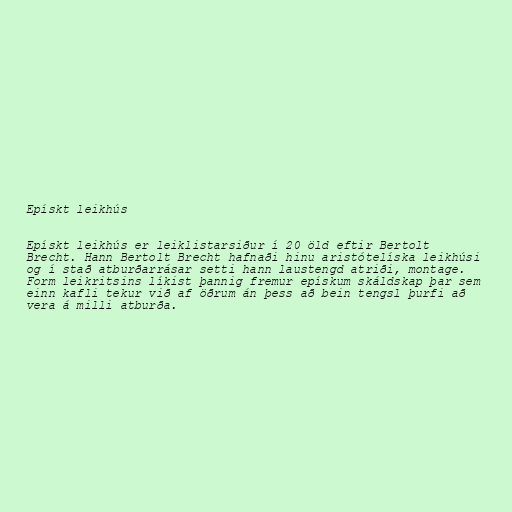
Epískt leikhús

Epískt leikhús er leiklistarsiður í 20 öld eftir Bertolt
Brecht. Hann Bertolt Brecht hafnaði hinu aristótelíska leikhúsi
og í stað atburðarrásar setti hann laustengd atriði, montage.
Form leikritsins líkist þannig fremur epískum skáldskap þar sem
einn kafli tekur við af öðrum án þess að bein tengsl þurfi að
vera á milli atburða.